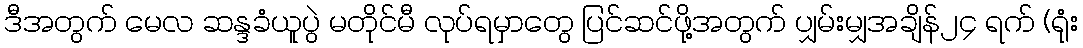
ဒီအတွက် မေလ ဆန္ဒခံယူပွဲ မတိုင်မီ လုပ်ရမှာတွေ ပြင်ဆင်ဖို့အတွက် ပျှမ်းမျှအချိန်၂၄ ရက် (ရုံး